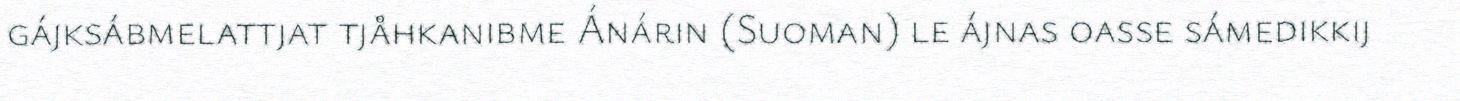
gájksábmelattjat tjåhkanibme Ánárin (Suoman) le ájnas oasse sámedikkij